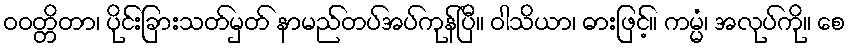
ဝဝတ္တိတာ၊ ပိုင်းခြားသတ်မှတ် နာမည်တပ်အပ်ကုန်ပြီ။ ဝါသိယာ၊ ဓားဖြင့်။ ကမ္မံ၊ အလုပ်ကို။ စေ